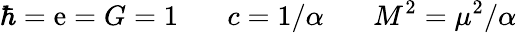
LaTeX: \hbar=\mathrm{e}=G=1~~~~~~~c=1/\alpha~~~~~~~M^{2}=\mu^{2}/\alpha